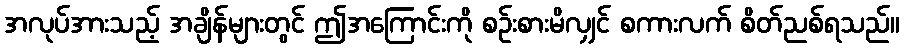
အလုပ်အားသည့် အချိန်များတွင် ဤအကြောင်းကို စဉ်းစားမိလျှင် စကားလက် စိတ်ညစ်ရသည်။